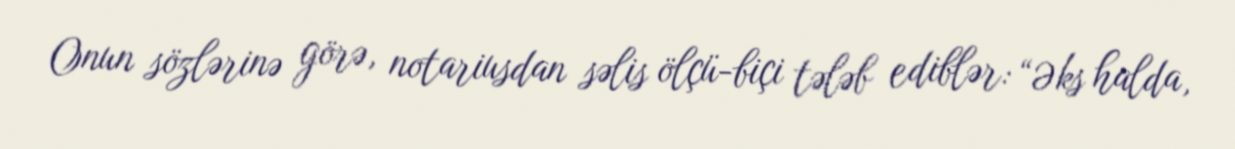
Onun sözlərinə görə, notariusdan səlis ölçü-biçi tələb ediblər: “Əks halda,